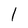
Character: 1